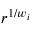
r ^ { 1 / w _ { i } }